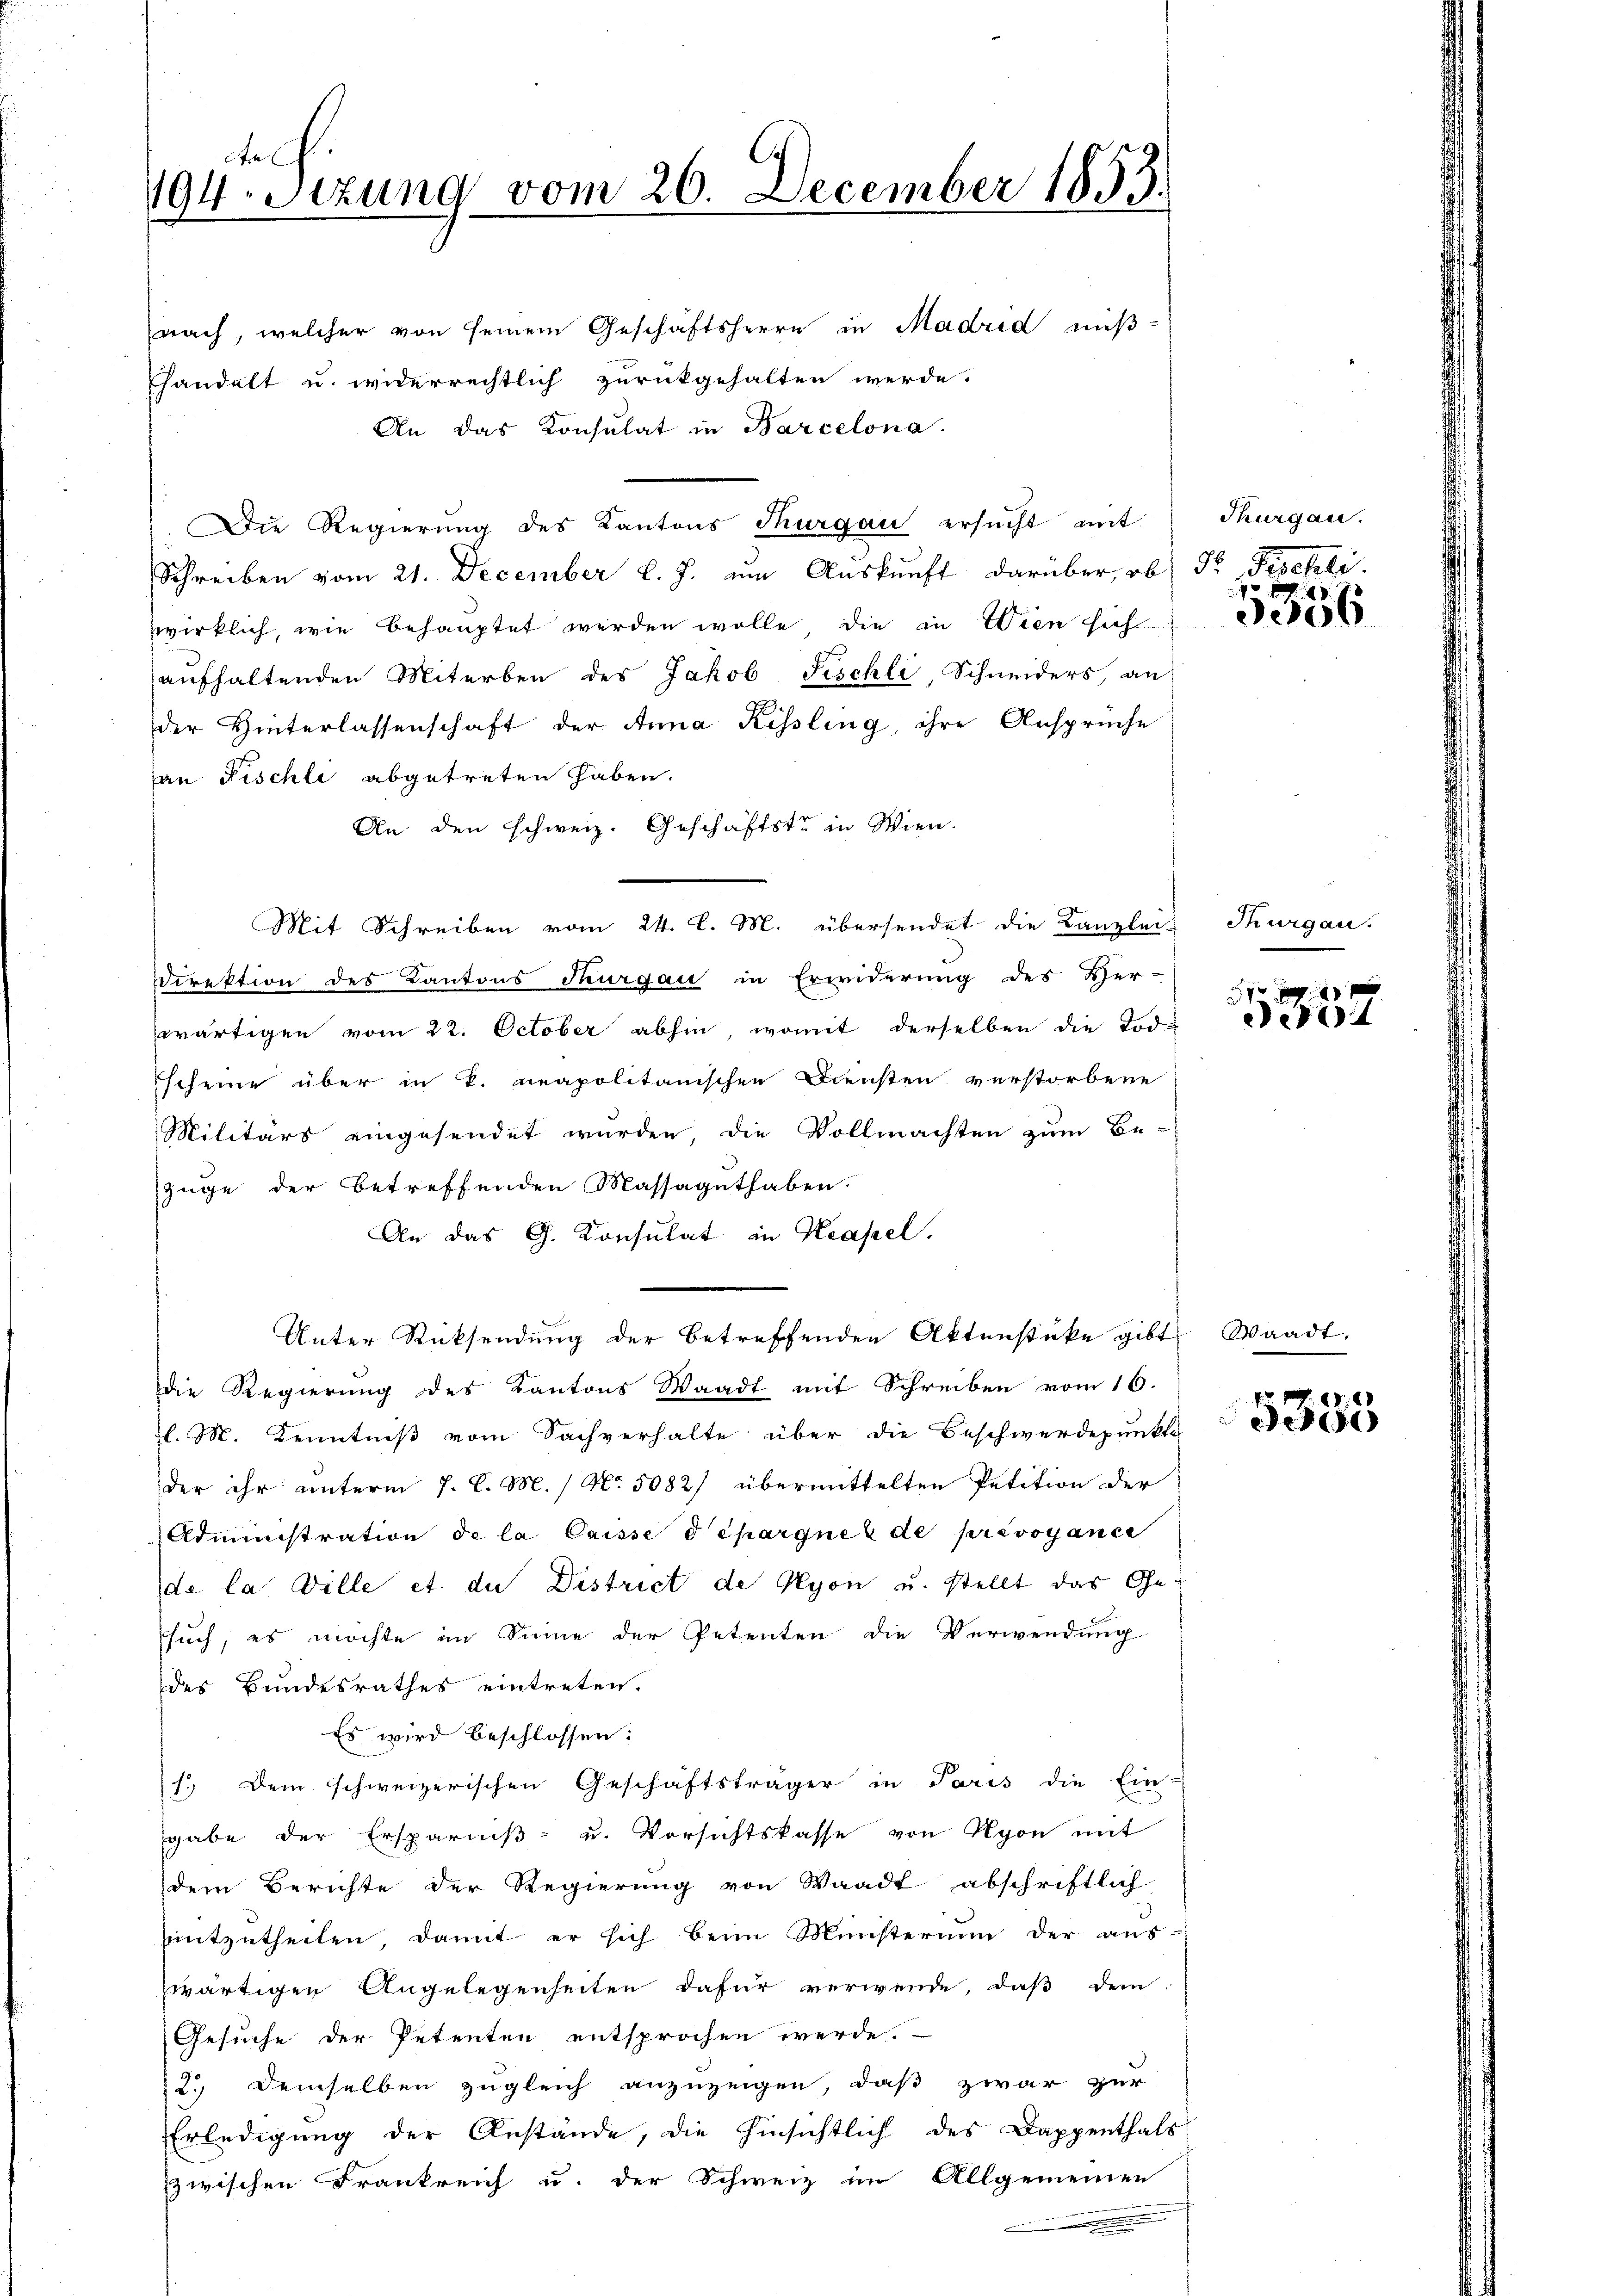
t
194. Sizung vom 26. December 1853.

nach, welcher von seinem Geschäftsherrn in Madrid miß-
handelt u. widerrechtlich zurückgehalten werde.
An das Konsulat in Barcelona.
Die Regierung des Kantons Thurgau ersucht mit
Schreiben vom 21. December l. J. um Auskunft darüber, ob Dr. Fischli
wirklich, wie behauptet werden wolle, die in Wien sich
aufhaltenden Miterben des Jakob Fischli, Schneiders, an
der Hinterlassenschaft der Anna Kissling, ihre Ansprüche
an Fischli abgetreten haben.
An den schweiz. Geschäftste in Wien.
Direktion des Kantons Thurgau in Erwiderung des Her-
wärtigen vom 22. October abhin, womit derselben die Tod-
scheine über in k. neapolitanischen Diensten verstorbene
Militärs eingesendet wurden, die Vollmachten zum Be-
züge der betreffenden Massaguthaben.
An das G. Konsulat in Neapel.
Unter Rücksendung der betreffenden Aktenstücke gibt
die Regierung des Kantons Waadt mit Schreiben vom 16.
l. M. Kenntniß vom Sachverhalte über die Beschwerdepunkte
der ihr unterm 7. d. M. / No. 5082) übermittelten Petition der
Administration de la Caisse dépargnes de prevoyanci
de la Ville et du District de Nyon u. stellt das Gesuch, es möchte im Sinne der Petenten die Verwendung
des Bundesrathes eintreten.
Es wird beschlossen:
1.) Dem schweizerischen Geschäftsträger in Paris die Ein-
gabe der Ersparniß- u. Vorsichtskasse von Nyon mit
dem Berichte der Regierung von Waadt abschriftlich
mitzutheilen, damit er sich beim Ministerium der aus-
zwärtigen Angelegenheiten dafür verwende, daß dem
Gesuche der Petenten entsprochen werde.
2.) Demselben zugleich anzuzeigen, daß zwar zur
Erledigung der Anstände, die hinsichtlich des Dappenthals
zwischen Frankreich u. der Schweiz im Allgemeinen

Mit Schreiben vom 24. l. M. übersendet die Kanzlei-

Thurgau.

5356

Thurgau.

1 x
804

Waadt,

5385